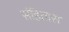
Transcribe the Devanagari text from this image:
संहितास